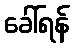
ခေါ်ရန်